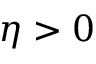
\eta > 0